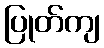
ပြုတ်ကျ